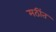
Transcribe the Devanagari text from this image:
मठींत